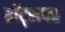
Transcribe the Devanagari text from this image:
हॉट्सपर